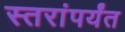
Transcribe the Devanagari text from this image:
स्तरांपर्यंत